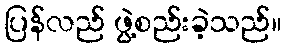
ပြန်လည် ဖွဲ့စည်းခဲ့သည်။